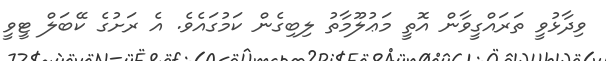
ވިދާޅުވީ ތަރައްގީވާން އޮތީ މަޢުލޫމާތު ލިބިގެން ކަމުގައެވެ. އެ ރަށުގެ ކޭބަލް ޓީވީ